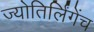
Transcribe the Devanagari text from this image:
ज्योतिर्लिंगेंच